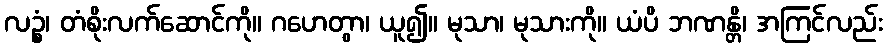
လဉ္စံ၊ တံစိုးလက်ဆောင်ကို။ ဂဟေတွာ၊ ယူ၍။ မုသာ၊ မုသားကို။ ယံပိ ဘဏန္တိ၊ အကြင်လည်း